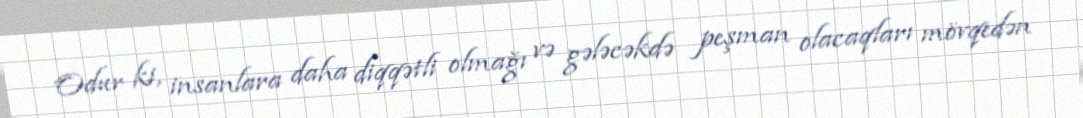
Odur ki, insanlara daha diqqətli olmağı və gələcəkdə peşman olacaqları mövqedən